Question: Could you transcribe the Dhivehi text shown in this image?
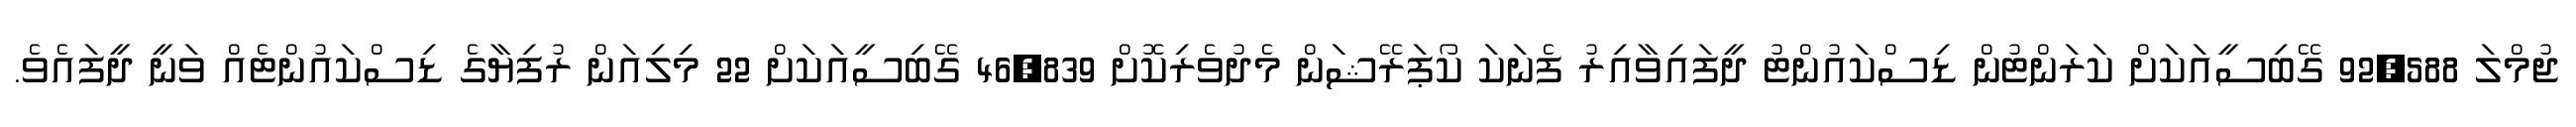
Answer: ޖުމްލަ 92,588 ގޭބިސީއަކަށް ކަރަންޓުން ޑިސްކައުންޓު ދީފައިވާއިރު ފެނަކަ ކޯޕަރޭޝަން މެދުވެރިކޮށް 46,839 ގޭބިސީއަކަށް 22 މިލިއަން ރުފިޔާގެ ޑިސްކައުންޓެއް ވަނީ ދީފައެވެ.